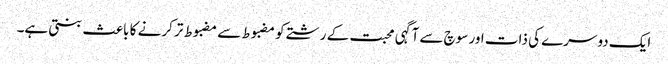
ایک دوسرے کی ذات اور سوچ سے آگہی محبت کے رشتے کو مضبوط سے مضبوط تر کرنے کا باعث بنتی ہے۔